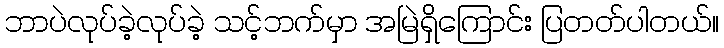
ဘာပဲလုပ်ခဲ့လုပ်ခဲ့ သင့်ဘက်မှာ အမြဲရှိကြောင်း ပြတတ်ပါတယ်။